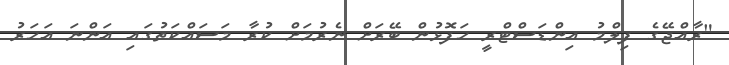
"ރާއްޖޭގެ ފިލްމު އިންޑަސްޓްރީ ހަފޮޅުން ބޭރަށް ނެރުމަށް ކުރާ މަސައްކަތުގައި އަންނަ އަހަރު